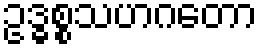
ဥဒ္ဓစ္စသဟဂတော